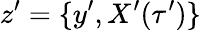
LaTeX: z^{\prime}=\{ y^{\prime},X^{\prime}(\tau^{\prime})\}